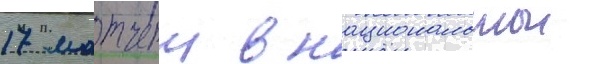
17 матчеи в национальнои